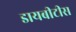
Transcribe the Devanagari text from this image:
डायबीटीस